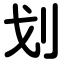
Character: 划